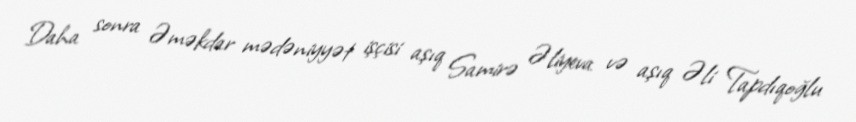
Daha sonra Əməkdar mədəniyyət işçisi aşıq Samirə Əliyeva və aşıq Əli Tapdıqoğlu